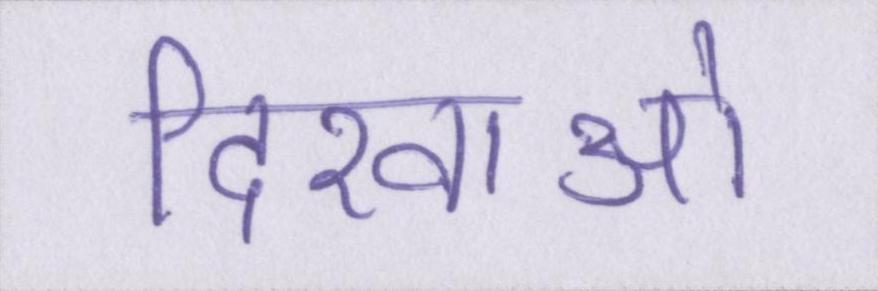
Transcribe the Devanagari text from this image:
दिखाओ